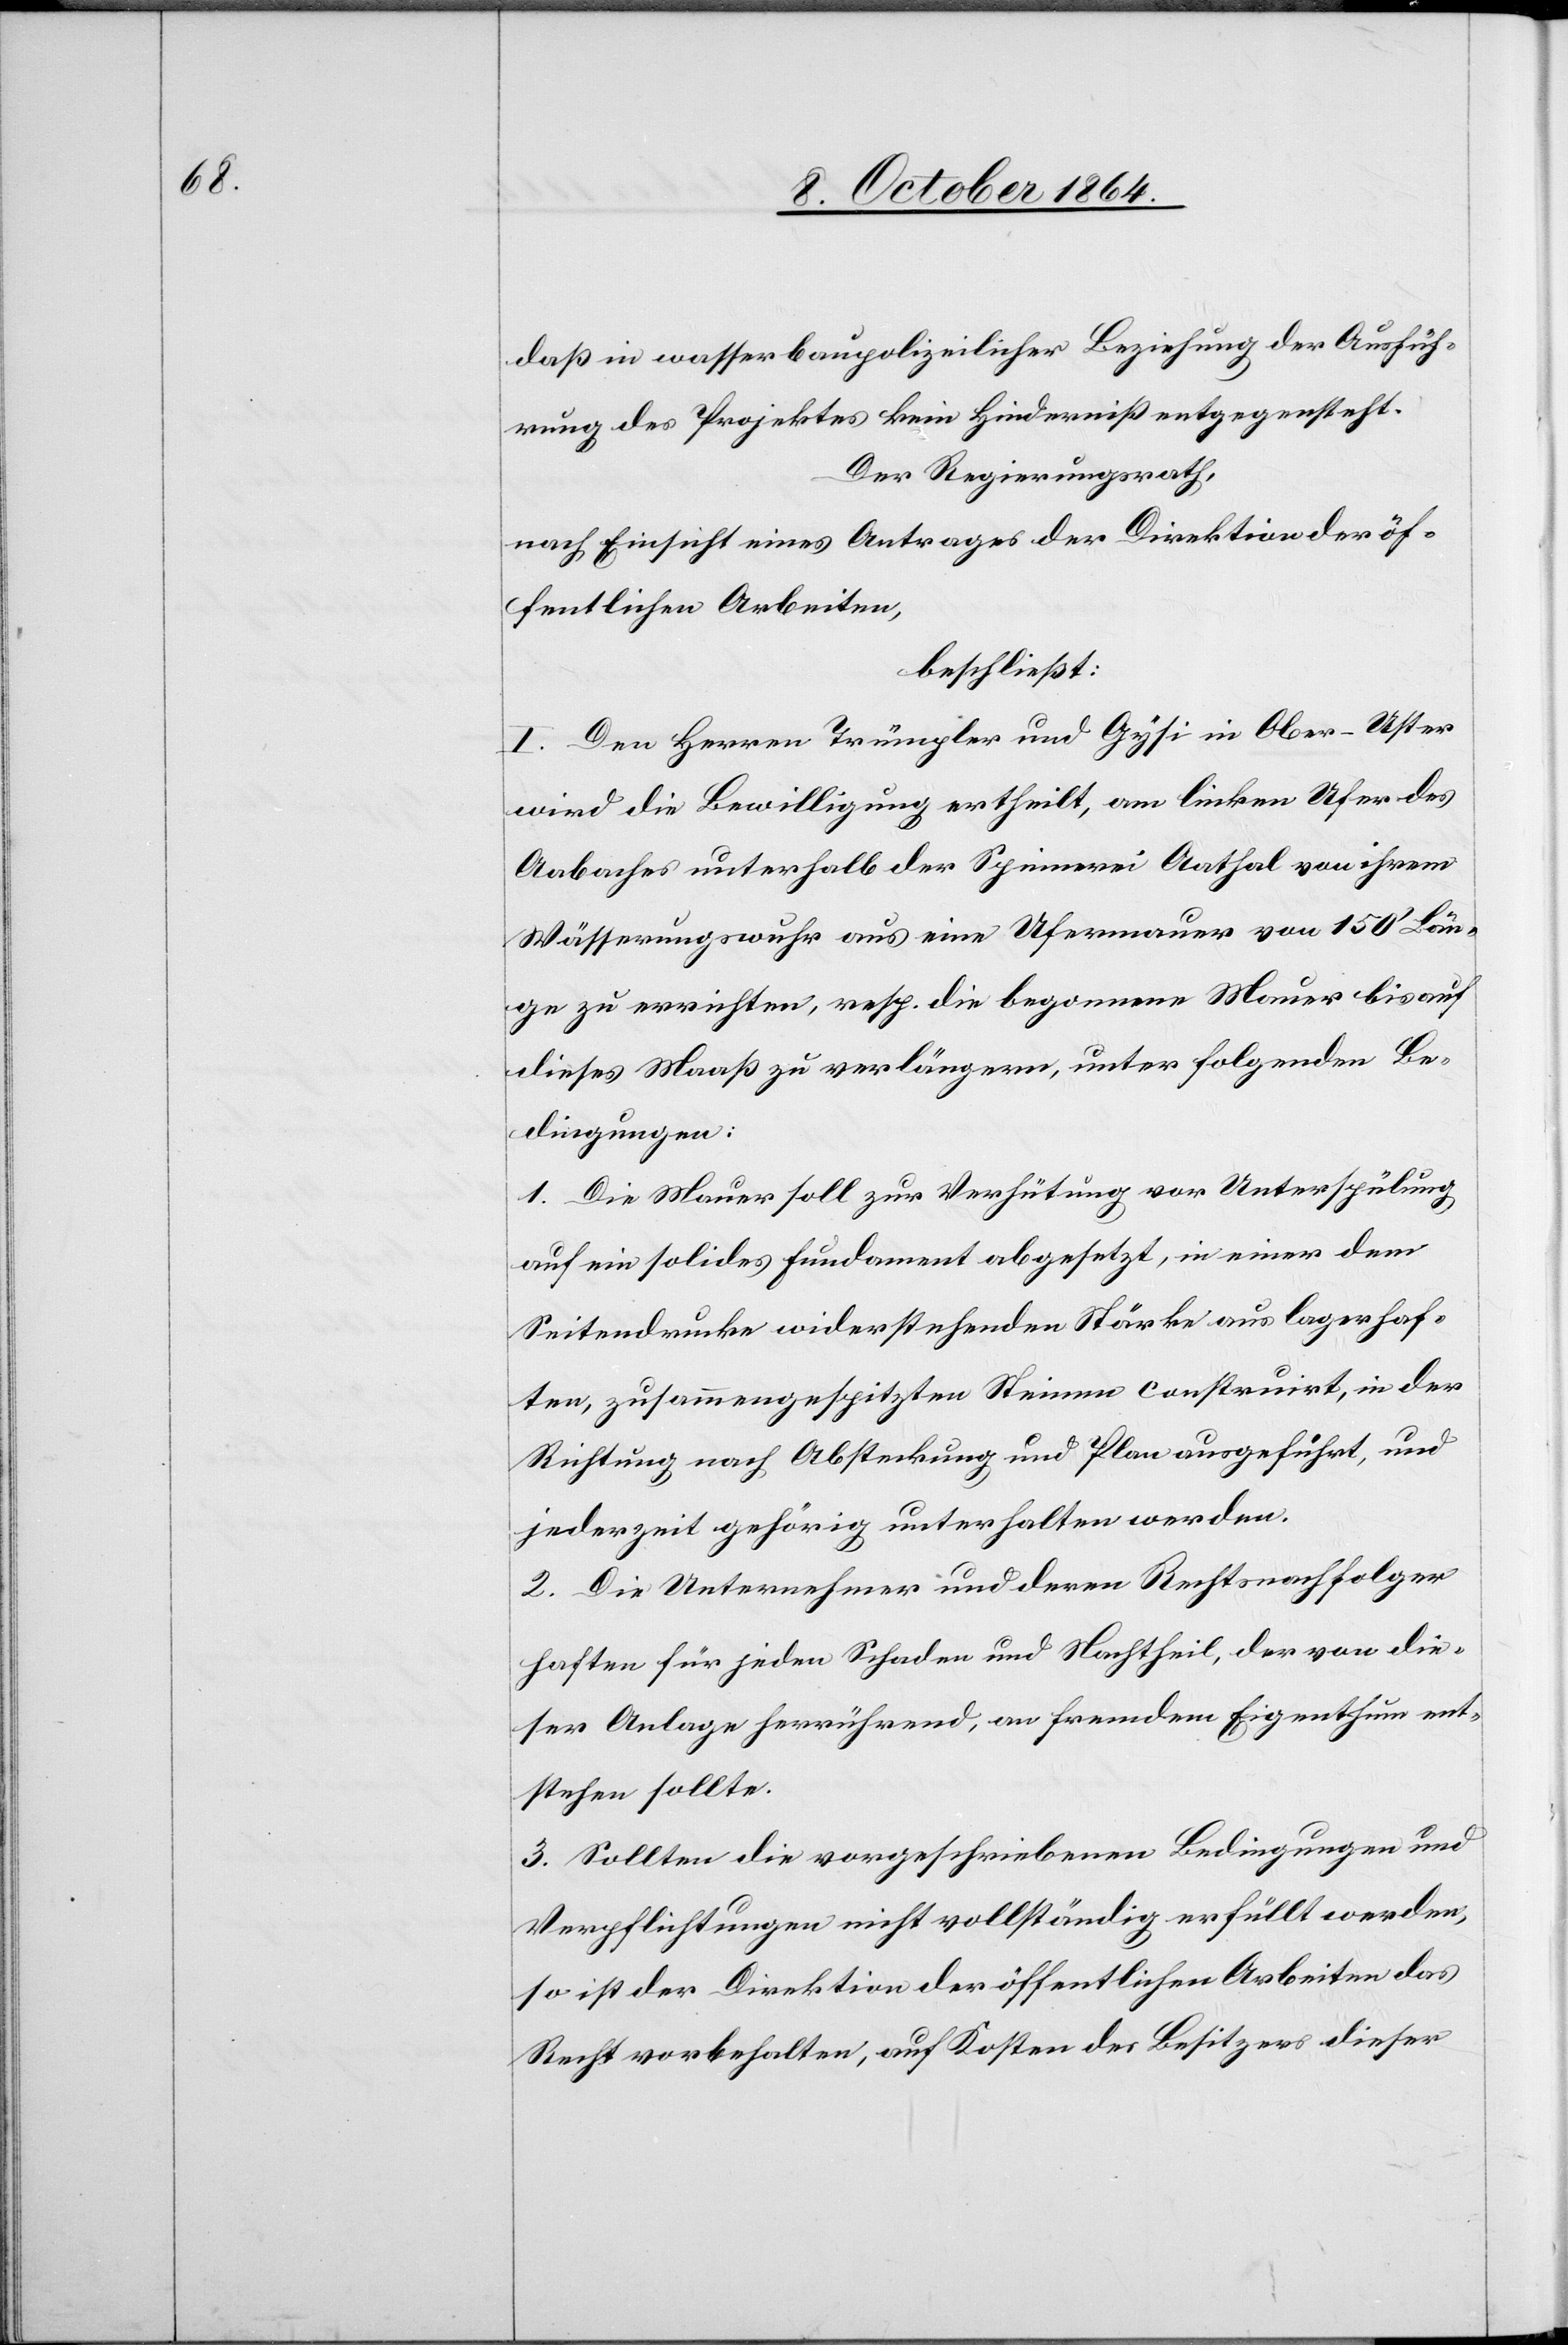
daß in wasserbaupolizeilicher Beziehung der Ausfüh¬
rung des Projektes kein Hinderniß entgegensteht.
Der Regierungsrath,
nach Einsicht eines Antrages der Direktion der öf¬
fentlichen Arbeiten,
beschließt:
I. Den Herren Trümpler und Gysi in Ober-Uster
wird die Bewilligung ertheilt, am linken Ufer des
Aabaches unterhalb der Spinnerei Aathal von ihrem
Wässerungswuhr aus eine Ufermauer von 150’ Län¬
ge zu errichten, resp. die begonnene Mauer bis auf
dieses Maaß zu verlängern, unter folgenden Be¬
dingungen:
1. Die Mauer soll zur Verhütung vor Unterspülung
auf ein solides Fundament abgesetzt, in einer dem
Seitendrucke widerstehenden Stärke aus lagerhaf¬
ten, zusammengespitzten Steinen construirt, in der
Richtung nach Absteckung und Plan ausgeführt, und
jederzeit gehörig unterhalten werden.
2. Die Unternehmer und deren Rechtsnachfolger
haften für jeden Schaden und Nachtheil, der von die¬
ser Anlage herrührend, an fremdem Eigenthum ent¬
stehen sollte.
3. Sollten die vorgeschriebenen Bedingungen und
Verpflichtungen nicht vollständig erfüllt werden,
so ist der Direktion der öffentlichen Arbeiten das
Recht vorbehalten, auf Kosten der Besitzer dieser